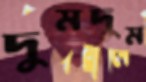
দুমদুম